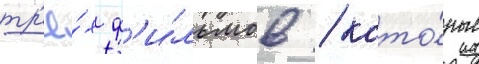
тр'ё́х ф'и́льмов / кото́рые